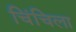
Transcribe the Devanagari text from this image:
चिंचिला